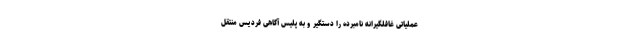
عملیاتی غافلگیرانه نامبرده را دستگیر و به پلیس آگاهی فردیس منتقل